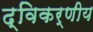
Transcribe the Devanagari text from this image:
द्विकर्णीय